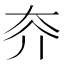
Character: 𡗦